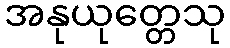
အနုယုတ္တေသု